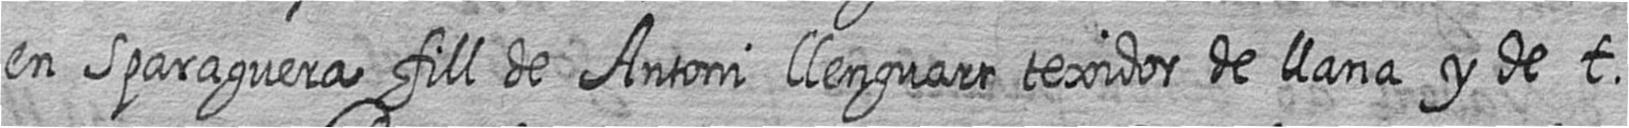
en Sparaguera fill de Antoni llenguart texidor de llana y de t